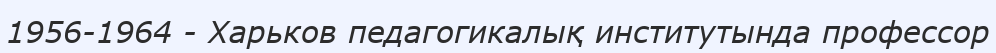
1956-1964 - Харьков педагогикалық институтында профессор